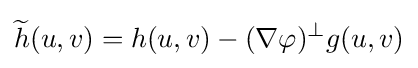
{\widetilde {h}}(u,v)=h(u,v)-(\nabla \varphi )^{\perp }g(u,v)